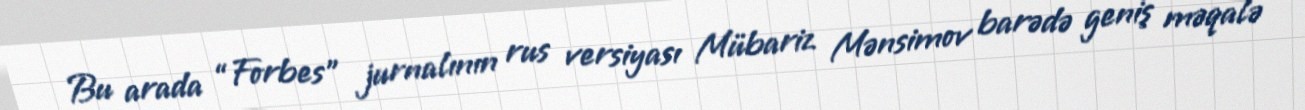
Bu arada “Forbes” jurnalının rus versiyası Mübariz Mənsimov barədə geniş məqalə